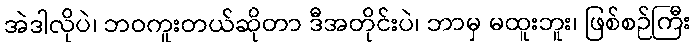
အဲဒါလိုပဲ၊ ဘဝကူးတယ်ဆိုတာ ဒီအတိုင်းပဲ၊ ဘာမှ မထူးဘူး၊ ဖြစ်စဉ်ကြီး